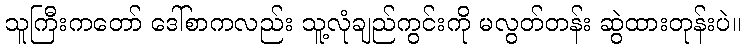
သူကြီးကတော် ဒေါ်စာကလည်း သူ့လုံချည်ကွင်းကို မလွတ်တန်း ဆွဲထားတုန်းပဲ။